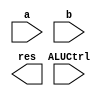

module ALU (a, b, ALUCtrl, res);

input  [7:0] a, b;
input  [1:0] ALUCtrl;
output [7:0] res;

`ifdef DATAFLOW_LEVEL1
wire [7:0] _b, s, c;
assign _b = ALUCtrl[0] ? ~b : b;      // !B : B 0  0 , ~B : B  bit inversion

adder add0(.a(a[0]), .b(_b[0]), .cin(ALUCtrl[0]), .s(s[0]), .cout(c[0]));
adder add1(.a(a[1]), .b(_b[1]), .cin(c[0]      ), .s(s[1]), .cout(c[1]));
adder add2(.a(a[2]), .b(_b[2]), .cin(c[1]      ), .s(s[2]), .cout(c[2]));
adder add3(.a(a[3]), .b(_b[3]), .cin(c[2]      ), .s(s[3]), .cout(c[3]));
adder add4(.a(a[4]), .b(_b[4]), .cin(c[3]      ), .s(s[4]), .cout(c[4]));
adder add5(.a(a[5]), .b(_b[5]), .cin(c[4]      ), .s(s[5]), .cout(c[5]));
adder add6(.a(a[6]), .b(_b[6]), .cin(c[5]      ), .s(s[6]), .cout(c[6]));
adder add7(.a(a[7]), .b(_b[7]), .cin(c[6]      ), .s(s[7]), .cout(c[7]));

wire [7:0] res_AND, res_OR;
assign res_AND = a & b;
assign res_OR = a | b;

assign res = !ALUCtrl[1] ? s : !ALUCtrl[0] ? res_AND : res_OR;

`elsif GATE_LEVEL

`endif

endmodule